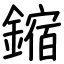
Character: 鏥